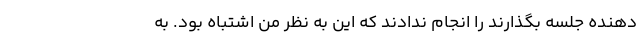
دهنده جلسه بگذارند را انجام ندادند که این به نظر من اشتباه بود. به